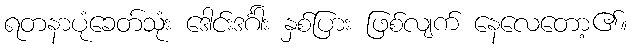
ရတနာပုံခေတ်သုံး ဒေါင်းဒင်္ဂါး နှစ်ပြား ဖြစ်လျက် နေလေတော့၏။